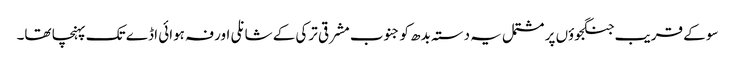
سو کے قریب جنگجوؤں پر مشتمل یہ دستہ بدھ کو جنوب مشرقی ترکی کے شانلی اورفہ ہوائی اڈے تک پہنچا تھا۔